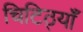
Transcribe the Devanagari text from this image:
चिटिठ्यॉँ